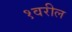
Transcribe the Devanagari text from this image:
१वरील